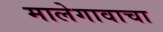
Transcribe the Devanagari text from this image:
मालेगावाचा